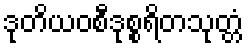
ဒုတိယဝစီဒုစ္စရိတသုတ္တံ